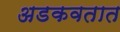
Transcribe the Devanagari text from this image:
अडकवतात